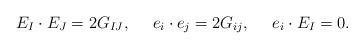
LaTeX: \begin{align*}E_I \cdot E_J = 2G_{IJ}, \ \ \ \ e_i \cdot e_j = 2G_{ij}, \ \ \ \ e_i \cdot E_I = 0. \end{align*}